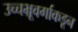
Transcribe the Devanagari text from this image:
उच्चभ्रूवर्गाकडून